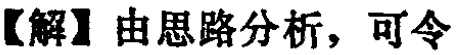
【解】由思路分析，可令